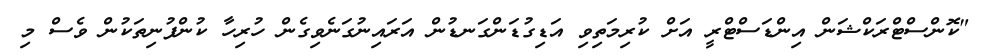
"ކޮންސްޓްރަކްޝަން އިންޑަސްޓްރީ އަށް ކުރިމަތިވި އަޑިގުޑަންގަނޑުން އަރައިނުގަނެވިގެން ހުރިހާ ކުންފުނިތަކުން ވެސް މި